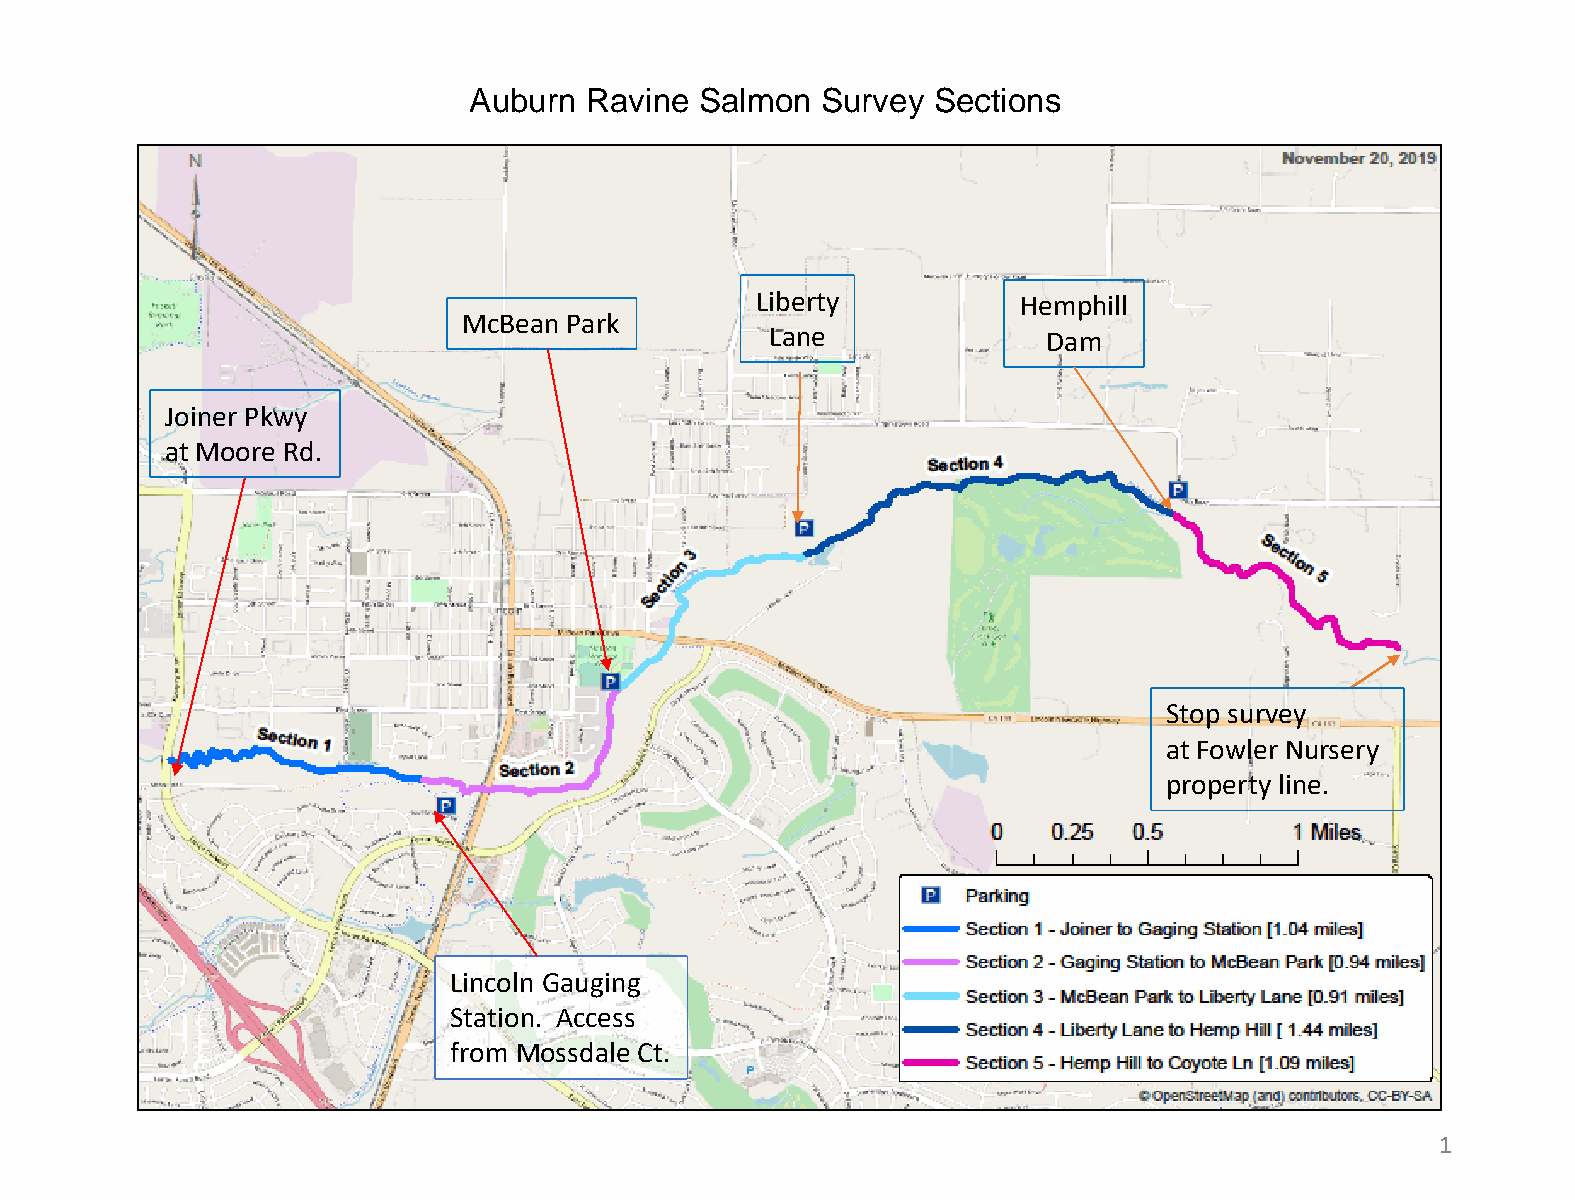
Auburn  Ravine Salmon  Survey  Sections
 Liberty           Hemphill
 McBean Park
 Lane              Dam
 Joiner Pkwy
 at Moore Rd.
 Stop survey
 at Fowler Nursery
 property line.
 Lincoln Gauging
 Station. Access
 from Mossdale Ct.
 1